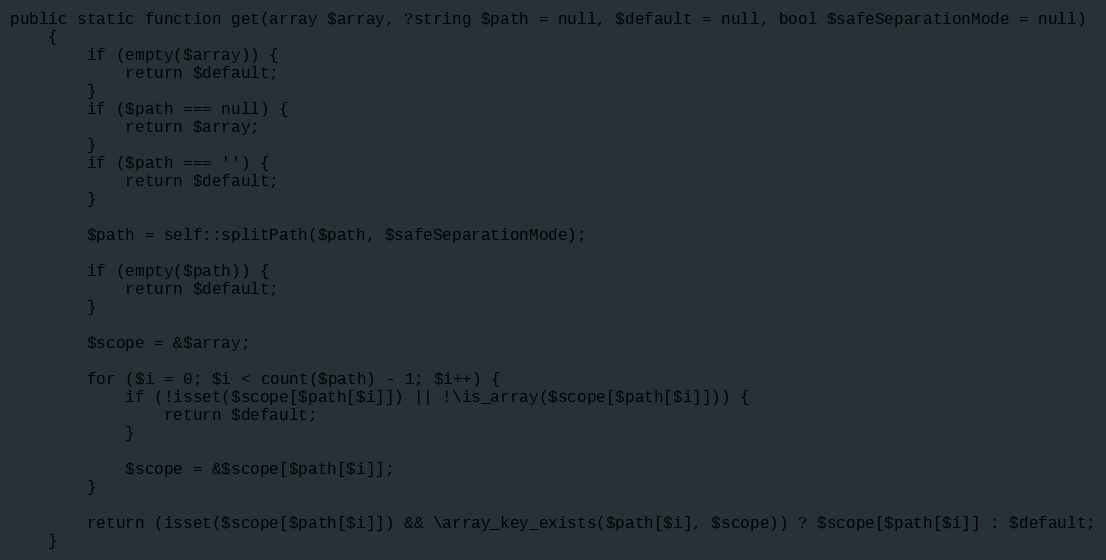
Language: PHP
public static function get(array $array, ?string $path = null, $default = null, bool $safeSeparationMode = null)
    {
        if (empty($array)) {
            return $default;
        }
        if ($path === null) {
            return $array;
        }
        if ($path === '') {
            return $default;
        }

        $path = self::splitPath($path, $safeSeparationMode);

        if (empty($path)) {
            return $default;
        }

        $scope = &$array;

        for ($i = 0; $i < count($path) - 1; $i++) {
            if (!isset($scope[$path[$i]]) || !\is_array($scope[$path[$i]])) {
                return $default;
            }

            $scope = &$scope[$path[$i]];
        }

        return (isset($scope[$path[$i]]) && \array_key_exists($path[$i], $scope)) ? $scope[$path[$i]] : $default;
    }